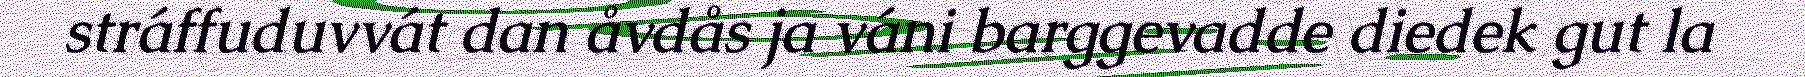
stráffuduvvát dan åvdås ja váni barggevadde diedek gut la